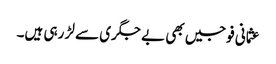
عثمانی فوجیں بھی بے جگری سے لڑ رہی ہیں۔